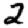
Digit: 2